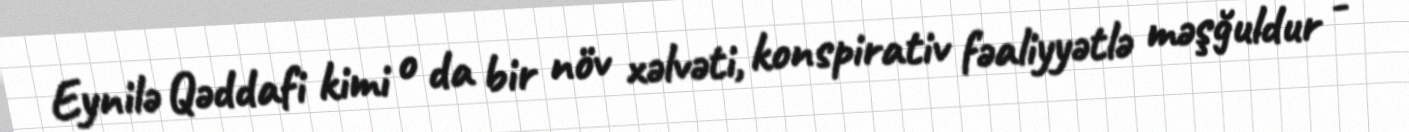
Eynilə Qəddafi kimi o da bir növ xəlvəti, konspirativ fəaliyyətlə məşğuldur -